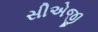
સીએજી